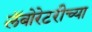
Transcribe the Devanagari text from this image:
लॅबोरेटरीच्या